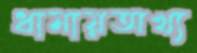
ধামায়অখ্য